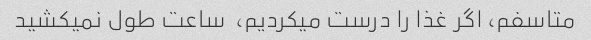
متاسفم، اگر غذا را درست میکردیم،  ساعت طول نمیکشید